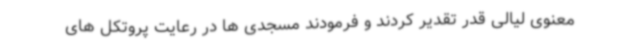
معنوی لیالی قدر تقدیر کردند و فرمودند مسجدی ها در رعایت پروتکل های